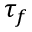
\tau _ { f }